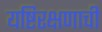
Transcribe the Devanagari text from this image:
यष्टिरक्षणाची